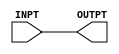
// Fujitsu AV cell
// Buffer (Delay Cell)
// furrtek 2022

`timescale 1ns/100ps

module BD3(
	input INPT,
	output OUTPT
);

	assign #12 OUTPT = INPT;	// tmax = 11.8ns

endmodule